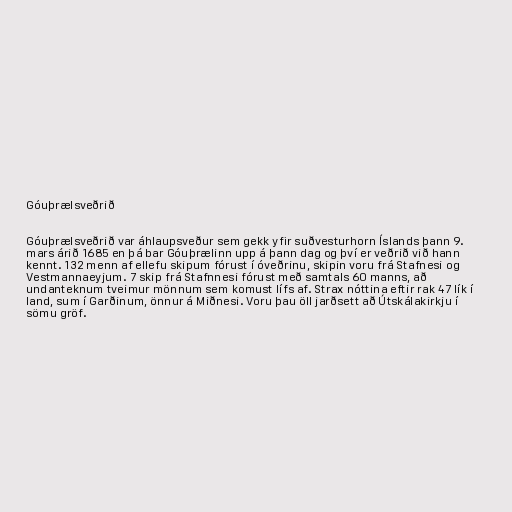
Góuþrælsveðrið

Góuþrælsveðrið var áhlaupsveður sem gekk yfir suðvesturhorn Íslands þann 9.
mars árið 1685 en þá bar Góuþrælinn upp á þann dag og því er veðrið við hann
kennt. 132 menn af ellefu skipum fórust í óveðrinu, skipin voru frá Stafnesi og
Vestmannaeyjum. 7 skip frá Stafnnesi fórust með samtals 60 manns, að
undanteknum tveimur mönnum sem komust lífs af. Strax nóttina eftir rak 47 lík í
land, sum í Garðinum, önnur á Miðnesi. Voru þau öll jarðsett að Útskálakirkju í
sömu gröf.